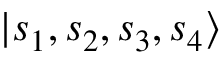
| { s _ { 1 } , s _ { 2 } , s _ { 3 } , s _ { 4 } } \rangle